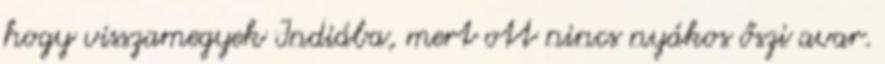
hogy visszamegyek Indiába, mert ott nincs nyákos őszi avar.